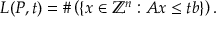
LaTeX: L ( P , t ) = \# \left( \left\{ x \in \mathbb { Z } ^ { n } : A x \leq t b \right\} \right) .